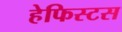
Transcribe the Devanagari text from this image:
हेफिस्टस